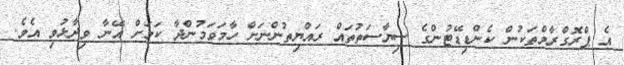
އެ ޕްރޮގްރާމްތަކުން ކެންޑިޑޭޓުންގެ ސިޔާސަތުތައް ރައްޔިތުންނަށް ހާމަވަމުންދާ ކަމަށް އޭނާ ވިދާޅުވި އެވެ.